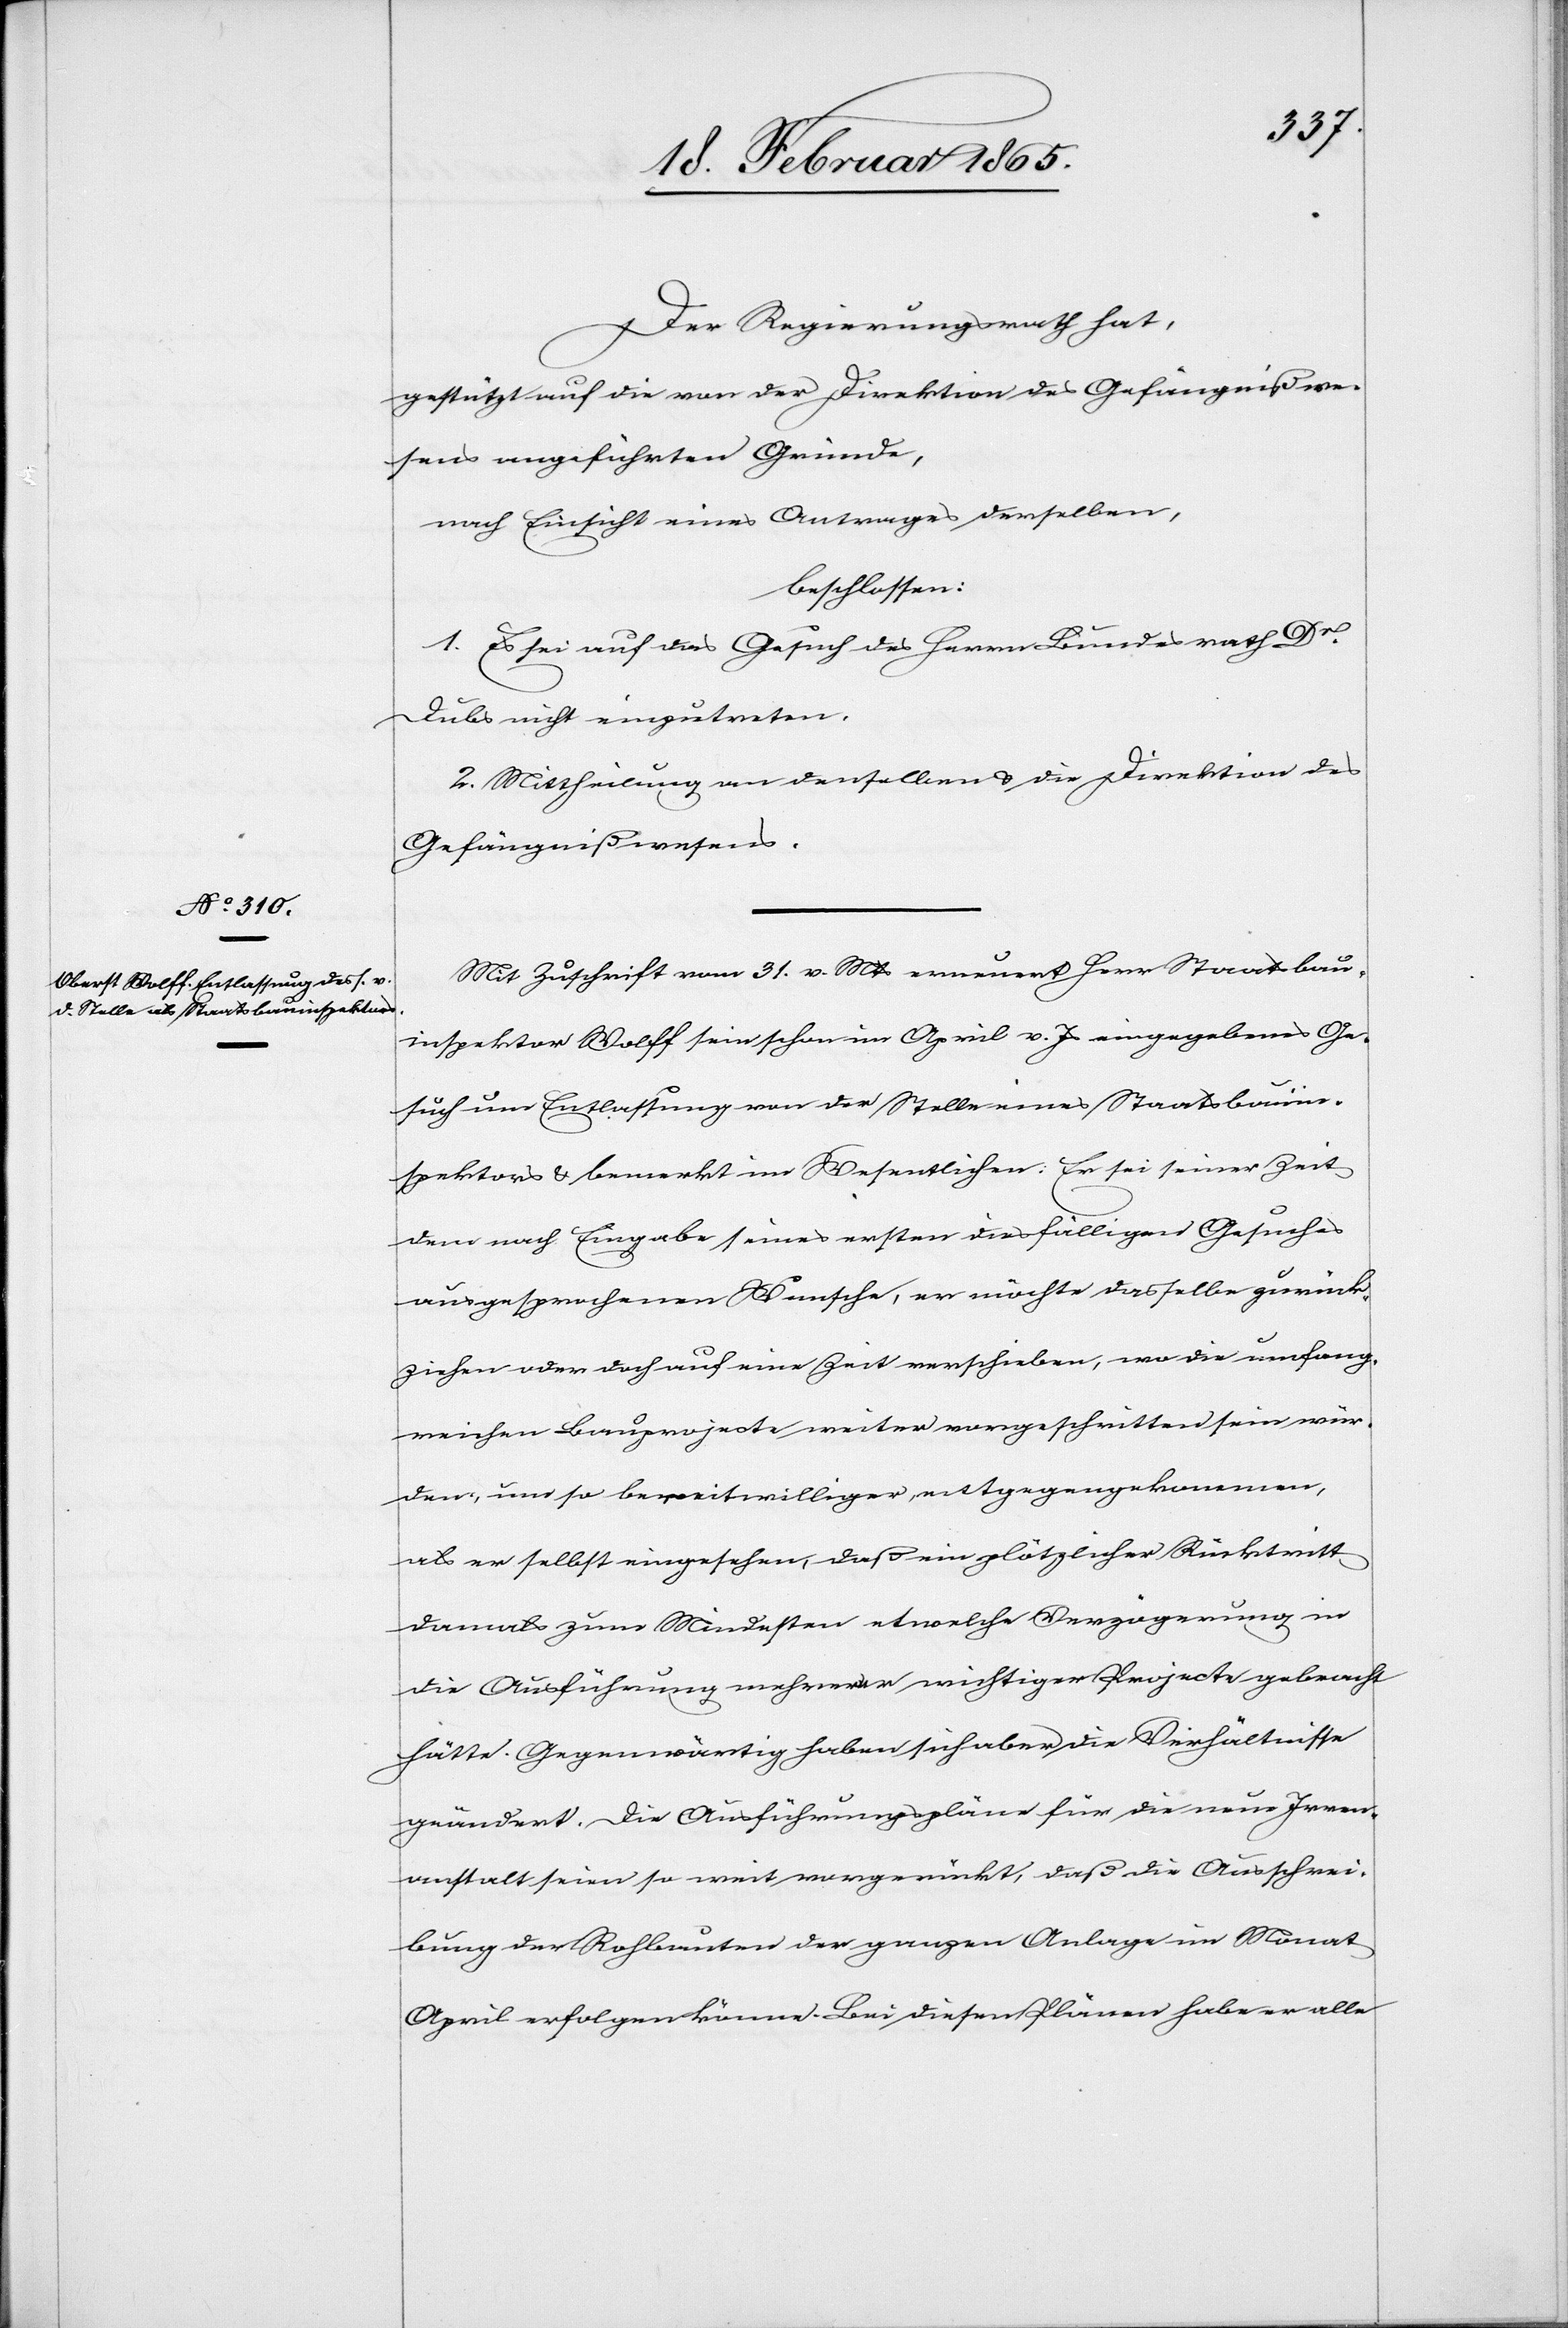
Der Regierungsrath hat,
gestützt auf die von der Direktion des Gefängnißwe¬
sens angeführten Gründe,
nach Einsicht eines Antrages derselben,
beschlossen:
1. Es sei auf das Gesuch des Herrn Bundesrath Dr
Dubs nicht einzutreten.
2. Mittheilung an denselben u. die Direktion des
Gefängnißwesens.
Mit Zuschrift vom 31. v. Mts erneuert Herr Staatsbau¬
inspektor Wolff sein schon im April v. Js eingegebenes Ge¬
such um Entlassung von der Stelle eines Staatsbauin¬
spektors u. bemerkt im Wesentlichen: Er sei seiner Zeit
dem nach Eingabe seines ersten diesfälligen Gesuches
ausgesprochenen Wunsche, er möchte dasselbe zurück¬
ziehen oder doch auf eine Zeit verschieben, wo die umfang¬
reichen Bauprojecte weiter vorgeschritten sein wür¬
den, um so bereitwilliger entgegengekommen,
als er selbst eingesehen, daß ein plötzlicher Rücktritt
damals zum Mindesten etwelche Verzögerung in
die Ausführung mehrerer wichtiger Projecte gebracht
hätte. Gegenwärtig haben sich aber die Verhältnisse
geändert. Die Ausführungspläne für die neue Irren¬
anstalt seien so weit vorgerückt, daß die Ausschrei¬
bung der Rohbauten der ganzen Anlage im Monat
April erfolgen könne. Bei diesen Plänen habe er alle